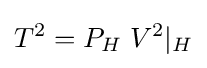
T^{2}=P_{H}\;V^{2}|_{H}